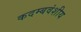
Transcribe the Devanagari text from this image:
कदम्बवंशीय